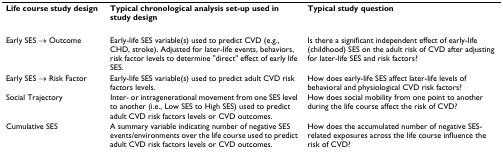
| Life course study design | Typical chronological analysis set-up used in study design | Typical study question |
 | --- | --- | --- |
 | Early SES → Outcome | Early-life SES variable(s) used to predict CVD (e.g., CHD, stroke). Adjusted for later-life events, behaviors, risk factor levels to determine "direct" effect of early life SES. | Is there a significant independent effect of early-life (childhood) SES on the adult risk of CVD after adjusting for later-life SES and risk factors? |
 | Early SES → Risk Factor | Early-life SES variable(s) used to predict adult CVD risk factors levels. | How does early-life SES affect later-life levels of behavioral and physiological CVD risk factors? |
 | Social Trajectory | Inter- or intragenerational movement from one SES level to another (i.e., Low SES to High SES) used to predict adult CVD risk factors levels or CVD outcomes. | How does social mobility from one point to another during the life course affect the risk of CVD? |
 | Cumulative SES | A summary variable indicating number of negative SES events/environments over the life course used to predict adult CVD risk factors levels or CVD outcomes. | How does the accumulated number of negative SES-related exposures across the life course influence the risk of CVD? |